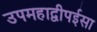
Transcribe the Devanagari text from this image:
उपमहाद्वीपईसा